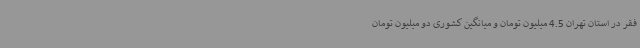
فقر در استان تهران 4.5 میلیون تومان و میانگین کشوری دو میلیون تومان